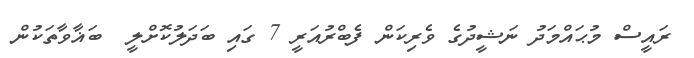
ރައީސް މުޙައްމަދު ނަޝީދުގެ ވެރިކަން ފެބްރުއަރީ 7 ގައި ބަދަލުކޮށްލީ  ބަޣާވާތަކުން